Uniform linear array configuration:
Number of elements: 32
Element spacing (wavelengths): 1
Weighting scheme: uniform
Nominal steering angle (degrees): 0
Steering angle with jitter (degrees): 0.7689
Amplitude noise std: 0.05
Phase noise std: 0.05

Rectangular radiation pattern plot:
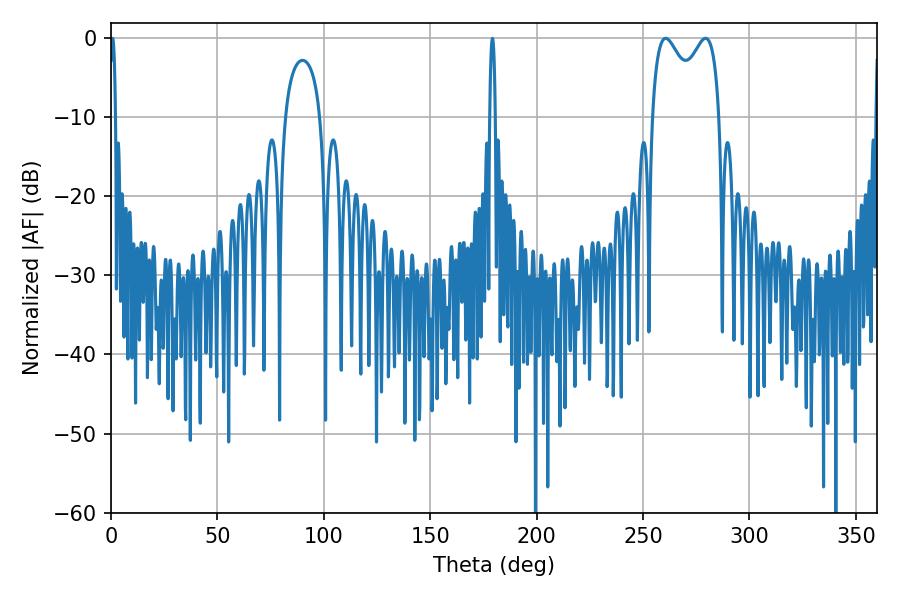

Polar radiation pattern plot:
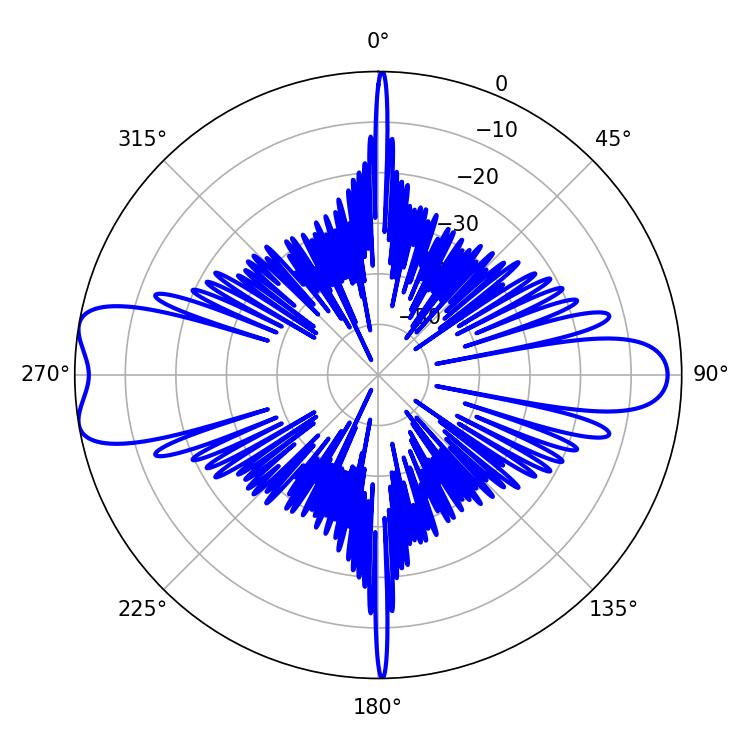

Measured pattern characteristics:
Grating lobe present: TRUE
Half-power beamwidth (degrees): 26.64
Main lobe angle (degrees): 279.36